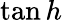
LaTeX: \tan h